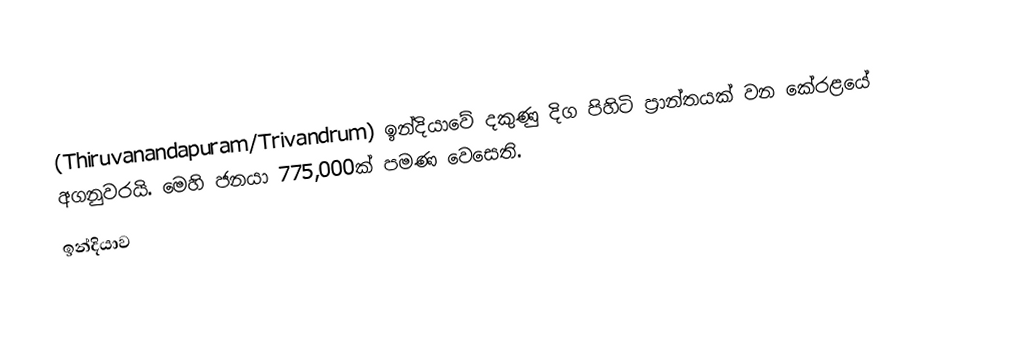
(Thiruvanandapuram/Trivandrum) ඉන්දියාවේ දකුණු දිග පිහිටි ප්‍රාන්තයක් වන කේරළයේ අගනුවරයි. මෙහි ජනයා 775,000ක් පමණ වෙසෙති.
ඉන්දියාව